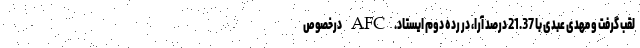
لقب گرفت و مهدی عبدی با 21.37 درصد آرا، در رده دوم ایستاد. AFC درخصوص